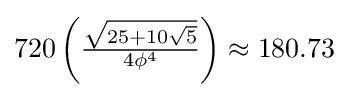
720\left({\tfrac {\sqrt {25+10{\sqrt {5}}}}{4\phi ^{4}}}\right)\approx 180.73